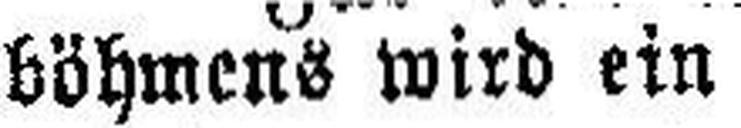
böhmens wird ein